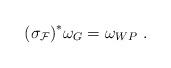
LaTeX: \begin{align*} {(\sigma_{\cal F})}^* \omega_{G} = \omega_{WP}~.\end{align*}